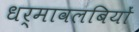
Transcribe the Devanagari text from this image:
धर्मावलबियों